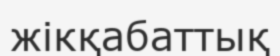
жікқабаттық